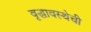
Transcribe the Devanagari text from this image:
वृद्धावस्थेची